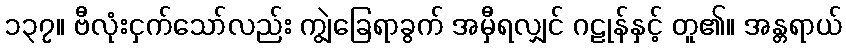
၁၃၇။ ဗီလုံးငှက်သော်လည်း ကျွဲခြေရာခွက် အမှီရလျှင် ဂဠုန်နှင့် တူ၏။ အန္တရာယ်